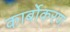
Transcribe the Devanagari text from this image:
कार्बोकरण